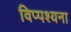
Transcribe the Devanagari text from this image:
विप्पश्यना